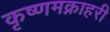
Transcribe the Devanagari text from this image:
कृष्णमक्नाहरी